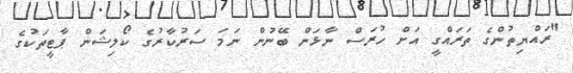
"ރައްޔިތުންގެ ތަރައްގީ އަށް ހުރަސް ނާޅަން ބޭނުން ނަމަ ސަރުކާރުގެ ކޯލިޝަން ޕާޓީތަކުގެ